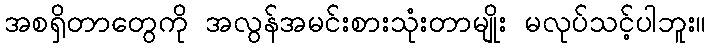
အစရှိတာတွေကို အလွန်အမင်းစားသုံးတာမျိုး မလုပ်သင့်ပါဘူး။